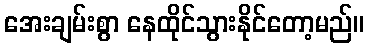
အေးချမ်းစွာ နေထိုင်သွားနိုင်တော့မည်။